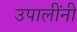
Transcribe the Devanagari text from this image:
उपालींनी